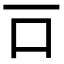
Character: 𠮛